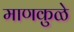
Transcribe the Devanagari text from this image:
माणकुळे